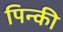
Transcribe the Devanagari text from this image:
पिन्की